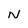
Character: N